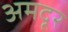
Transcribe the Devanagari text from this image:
अमदूर